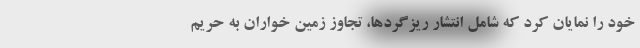
خود را نمایان کرد که شامل انتشار ریزگردها، تجاوز زمین خواران به حریم